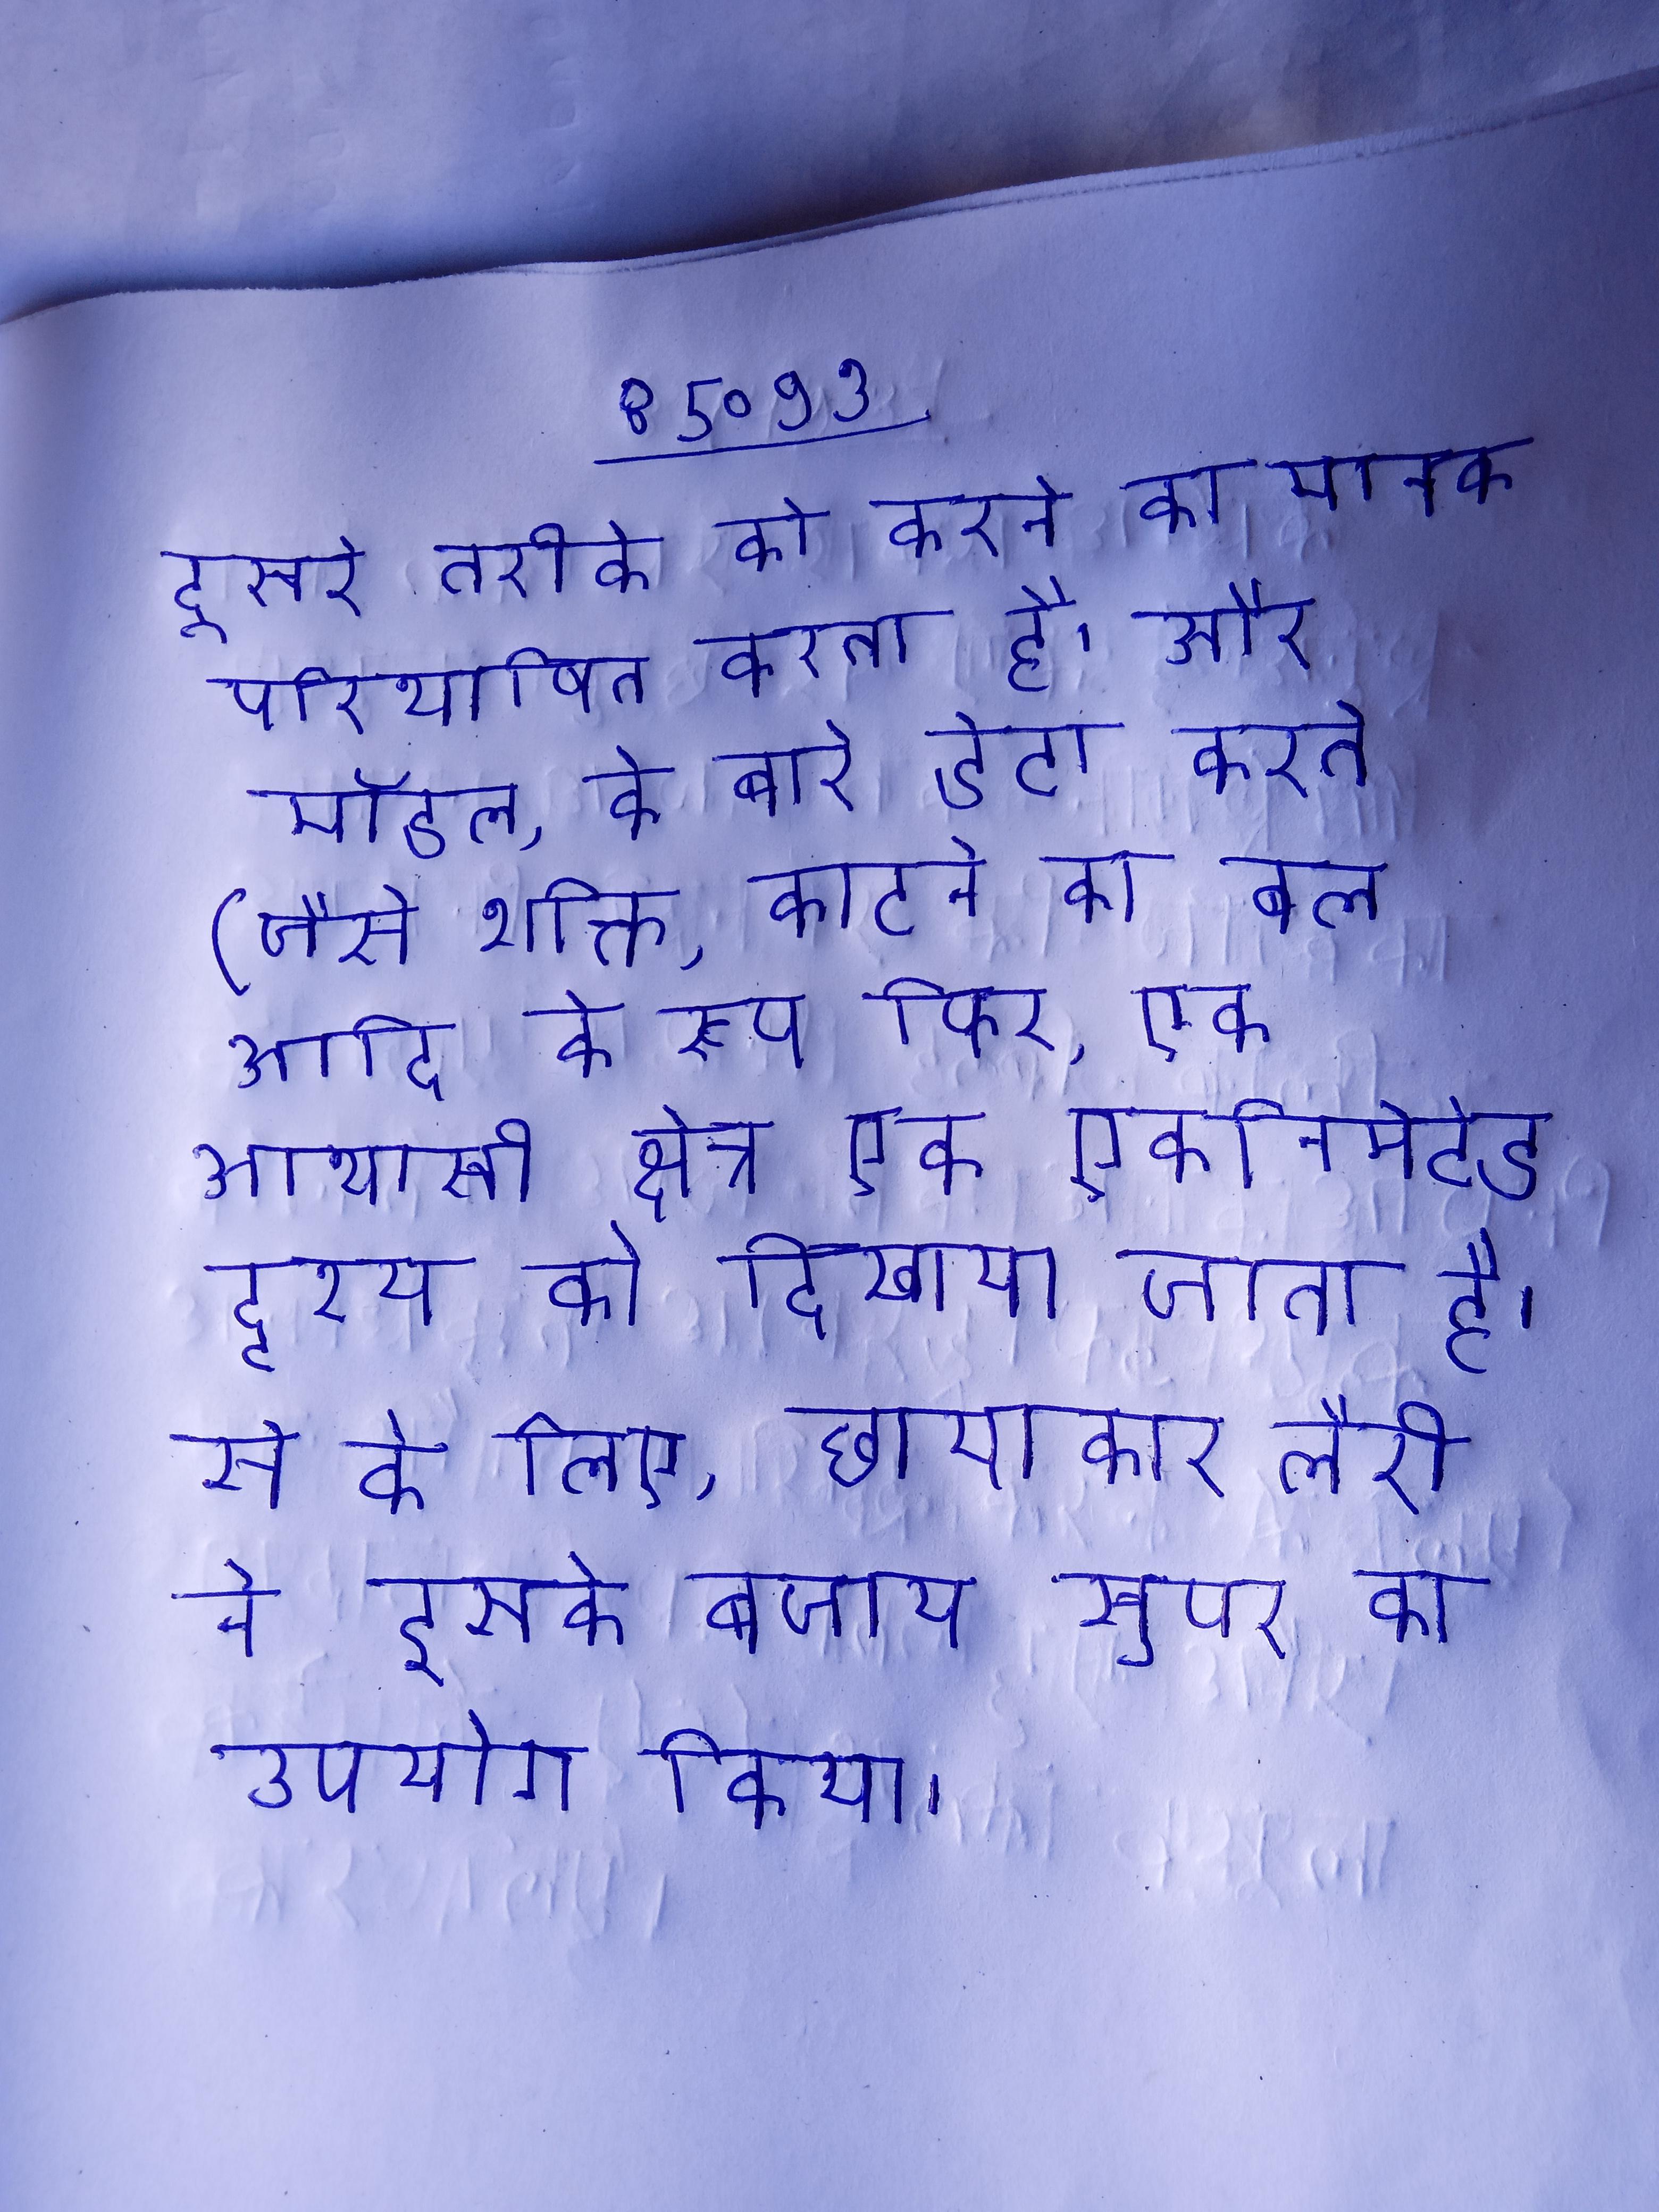
दूसरे तरीके को करने का मानक परिभाषित करता है । और मॉडल, के बारे डेटा करते (जैसे शक्ति, काटने का बल आदि के रूप फिर, एक आभासी क्षेत्र एक एनिमेटेड दृश्य को दिखाया जाता है । से के लिए, छायाकार लैरी ने इसके बजाय सुपर का उपयोग किया ।